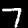
Digit: 7